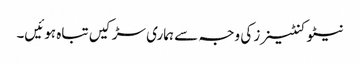
نیٹو کنٹینرز کی وجہ سے ہماری سڑکیں تباہ ہوئیں۔